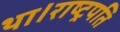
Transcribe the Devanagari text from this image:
था।राष्ट्रपति